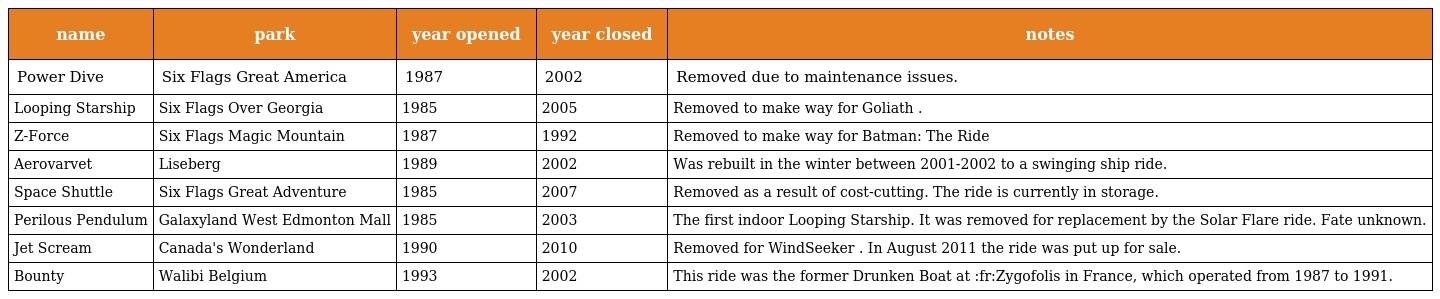
| name | park | year opened | year closed | notes |
 | --- | --- | --- | --- | --- |
 | Power Dive | Six Flags Great America | 1987 | 2002 | Removed due to maintenance issues. |
 | Looping Starship | Six Flags Over Georgia | 1985 | 2005 | Removed to make way for Goliath . |
 | Z-Force | Six Flags Magic Mountain | 1987 | 1992 | Removed to make way for Batman: The Ride |
 | Aerovarvet | Liseberg | 1989 | 2002 | Was rebuilt in the winter between 2001-2002 to a swinging ship ride. |
 | Space Shuttle | Six Flags Great Adventure | 1985 | 2007 | Removed as a result of cost-cutting. The ride is currently in storage. |
 | Perilous Pendulum | Galaxyland West Edmonton Mall | 1985 | 2003 | The first indoor Looping Starship. It was removed for replacement by the Solar Flare ride. Fate unknown. |
 | Jet Scream | Canada's Wonderland | 1990 | 2010 | Removed for WindSeeker . In August 2011 the ride was put up for sale. |
 | Bounty | Walibi Belgium | 1993 | 2002 | This ride was the former Drunken Boat at :fr:Zygofolis in France, which operated from 1987 to 1991. |